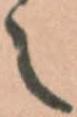
之